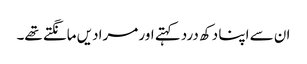
ان سے اپنا دکھ درد کہتے اور مرادیں مانگتے تھے۔